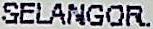
SELANGOR.